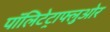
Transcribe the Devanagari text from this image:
पॉलिटेट्राफ्लुओर